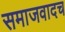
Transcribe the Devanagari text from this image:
समाजवादच